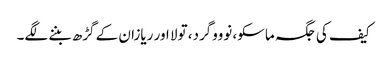
کیف کی جگہ ماسکو، نوووگرد، تولا اور ریازان کے گڑھ بننے لگے۔